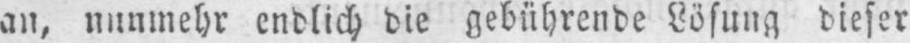
an, nunmehr endlich die gebührende Losung dieser